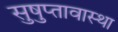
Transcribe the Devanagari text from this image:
सुषुप्तावास्था